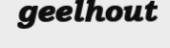
geelhout